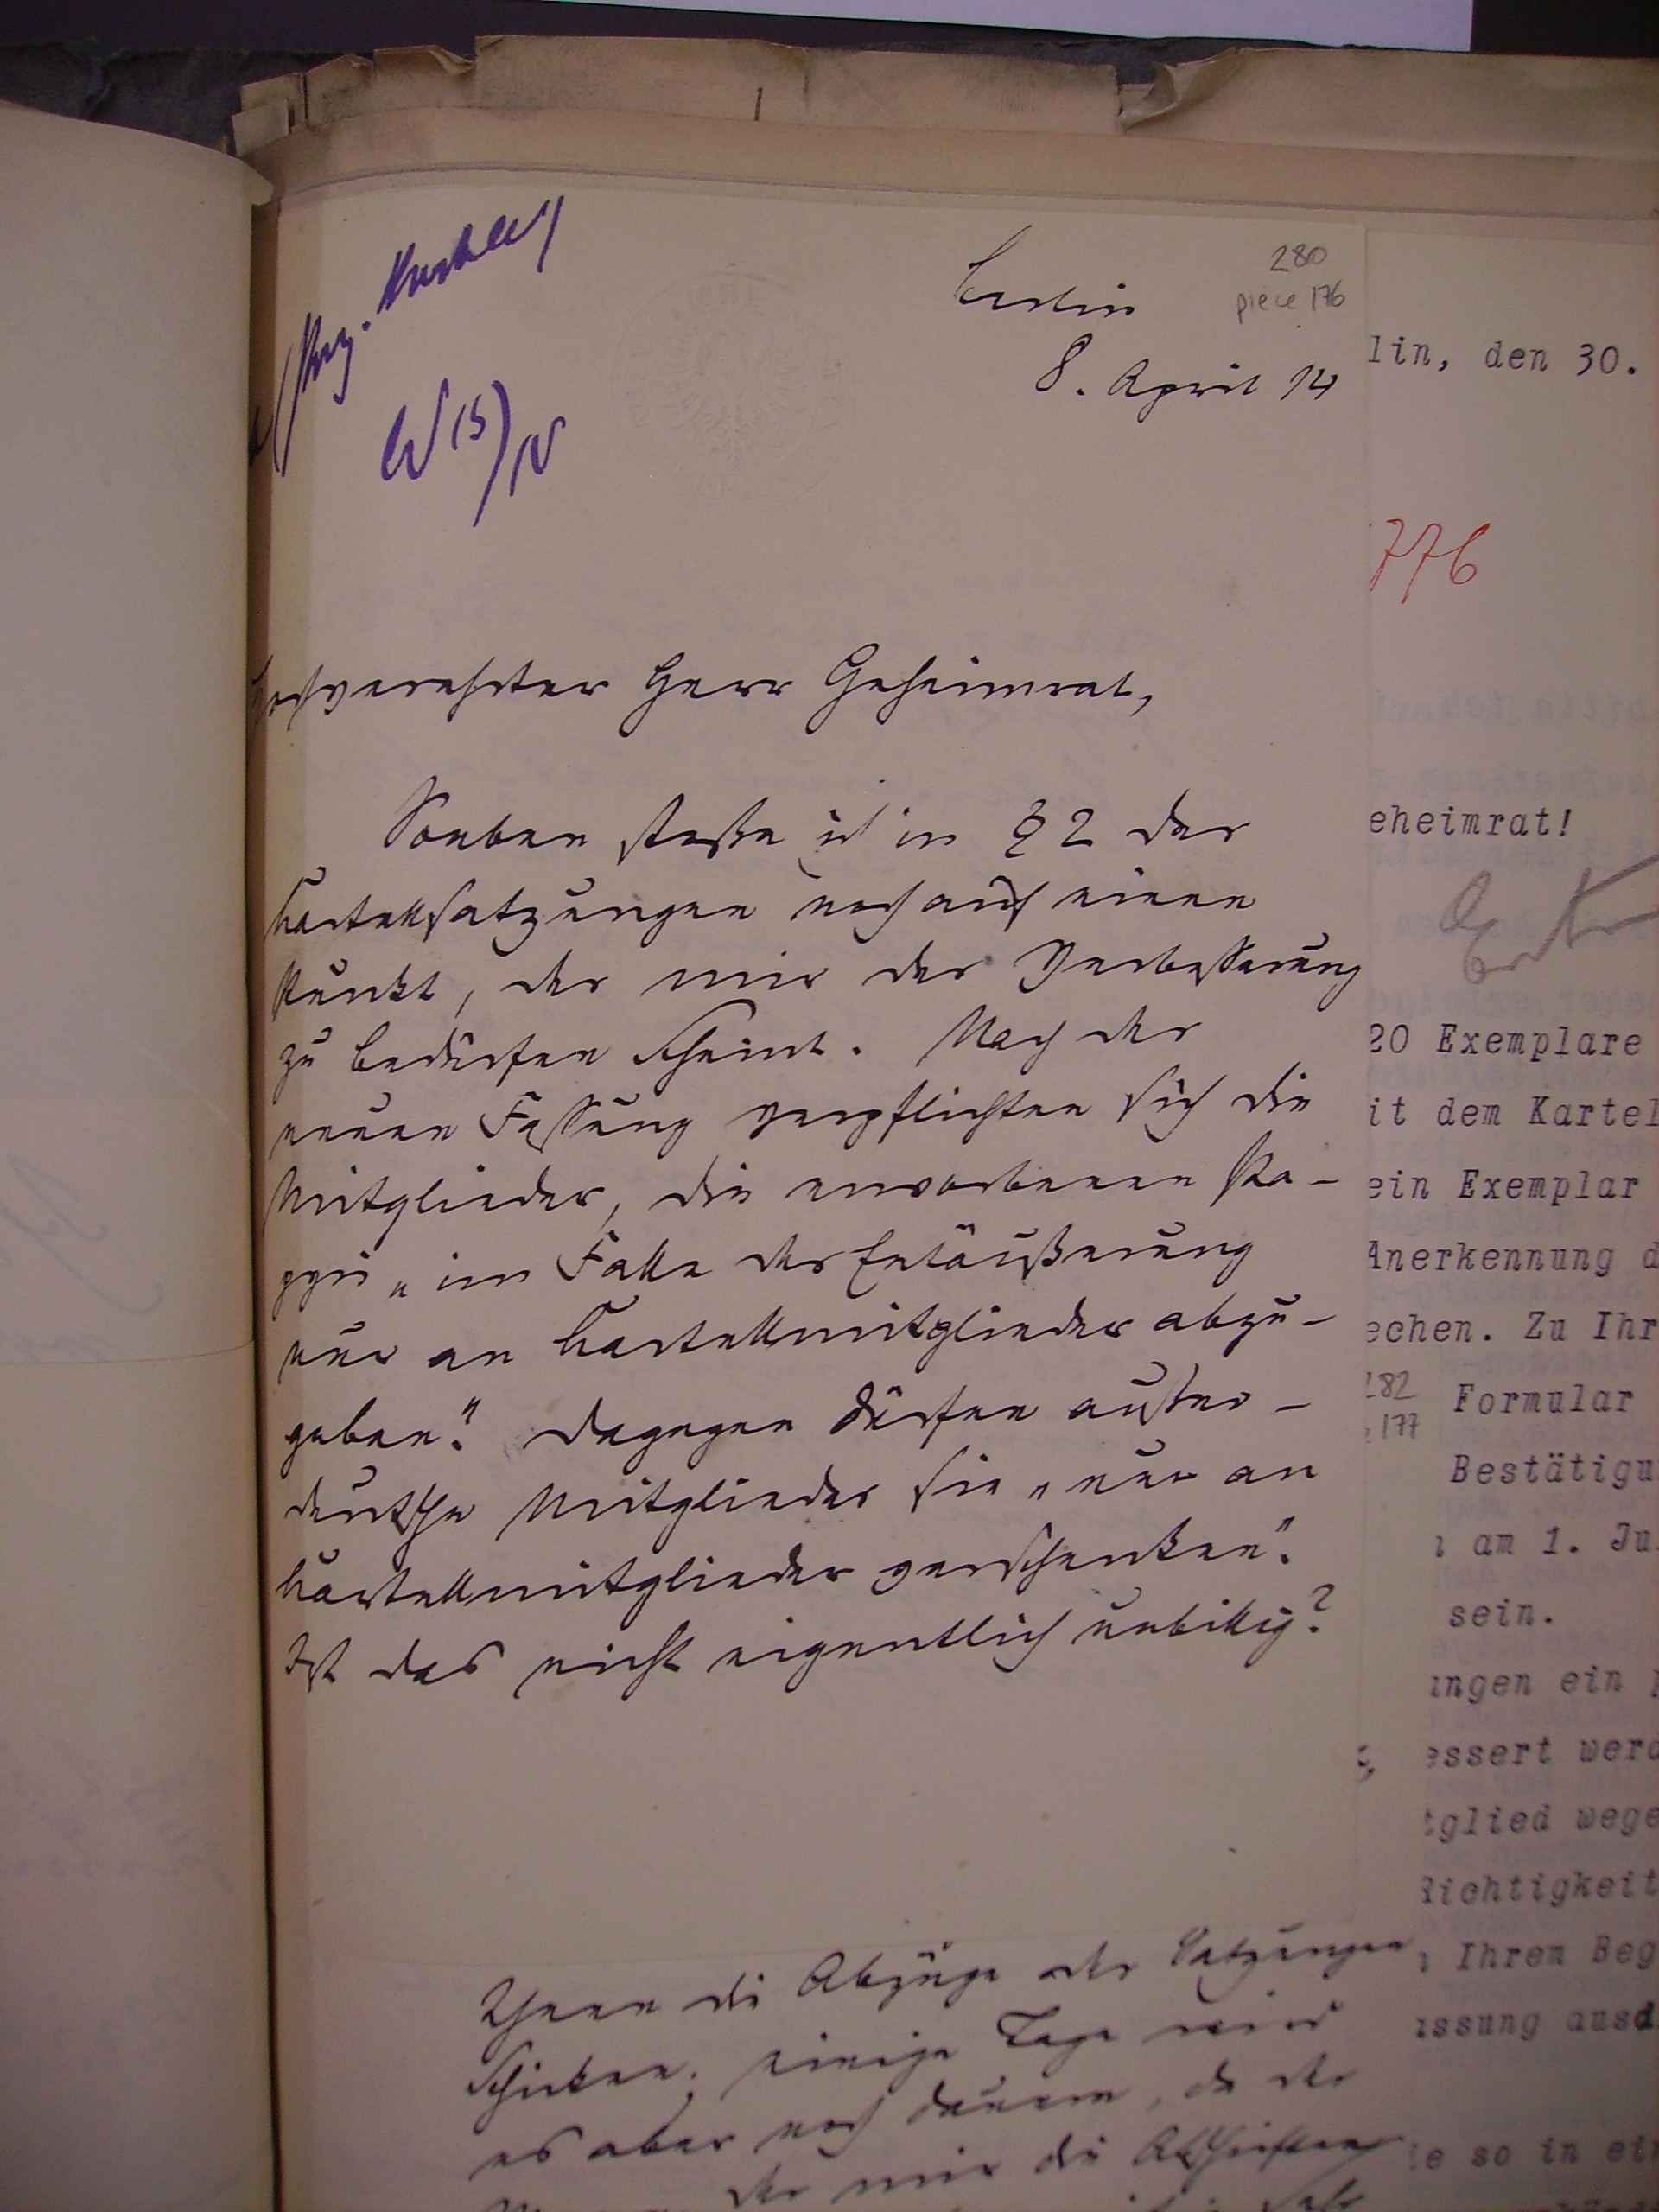
Berlin

8. April 14

Hochverehrter Herr Geheimrat,
Soeben Stoße ist in §2 der
Kartellsatzugnen noch auf einen
Punkt, der mir der Verbesserung
zu bedürfen scheint. Nach der
neuen Faßung verpflichten sich die
Mitglieder, die erworbenen Pa¬
pyri "im falle der Entäußerung
nur an Kartellmitglieder abzu¬
geben". dagegen dürfen außer¬
deutshe Mitglieder sie "nur an
Kartellmitglieder verschenken".
Ist das nicht eigentlich unbillig?